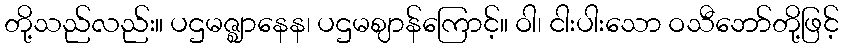
တို့သည်လည်း။ ပဌမဇ္ဈာနေန၊ ပဌမဈာန်ကြောင့်။ ဝါ၊ ငါးပါးသော ဝသီဘော်တို့ဖြင့်